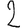
Digit: 2